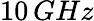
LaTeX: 10\, GHz